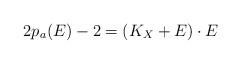
LaTeX: \begin{align*}2 p_a(E) - 2 = (K_X + E) \cdot E\end{align*}